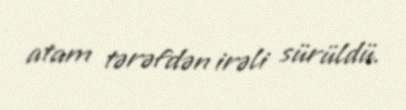
atam tərəfdən irəli sürüldü.